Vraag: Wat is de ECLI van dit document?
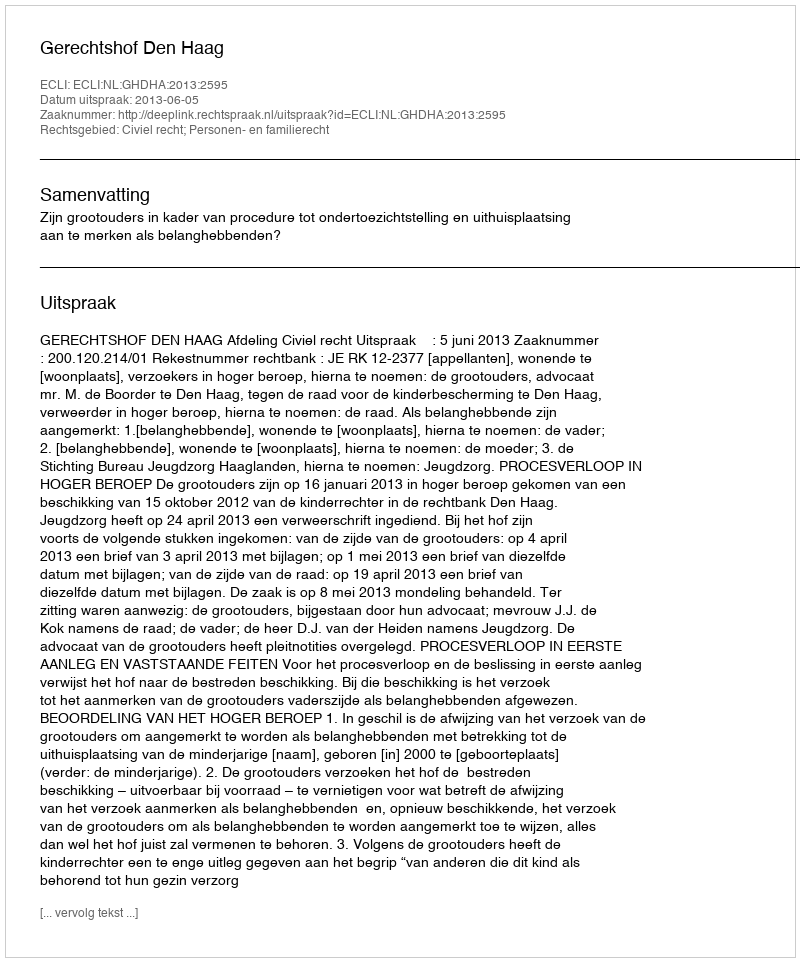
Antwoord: ECLI:NL:GHDHA:2013:2595